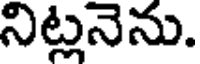
నిట్లనెను.